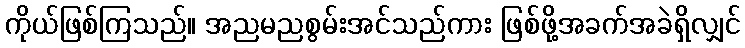
ကိုယ်ဖြစ်ကြသည်။ အညမညစွမ်းအင်သည်ကား ဖြစ်ဖို့အခက်အခဲရှိလျှင်